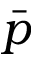
\Bar { p }